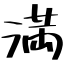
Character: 満